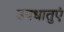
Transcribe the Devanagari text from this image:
उपधातुएं